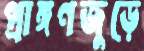
প্রাঙ্গণজুড়ে